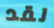
لقد